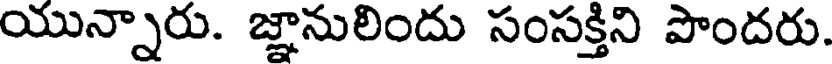
యున్నారు. జ్ఞానులిందు సంసక్తిని పొందరు.